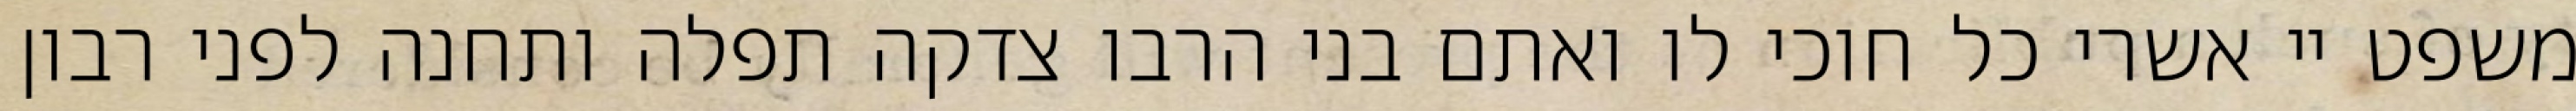
משפט יי אשרי כל חוכי לו ואתם בני הרבו צדקה תפלה ותחנה לפני רבון